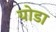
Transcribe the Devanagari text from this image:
योडा